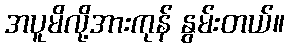
အပူမိလို့အားကုန် နွမ်းတယ်။